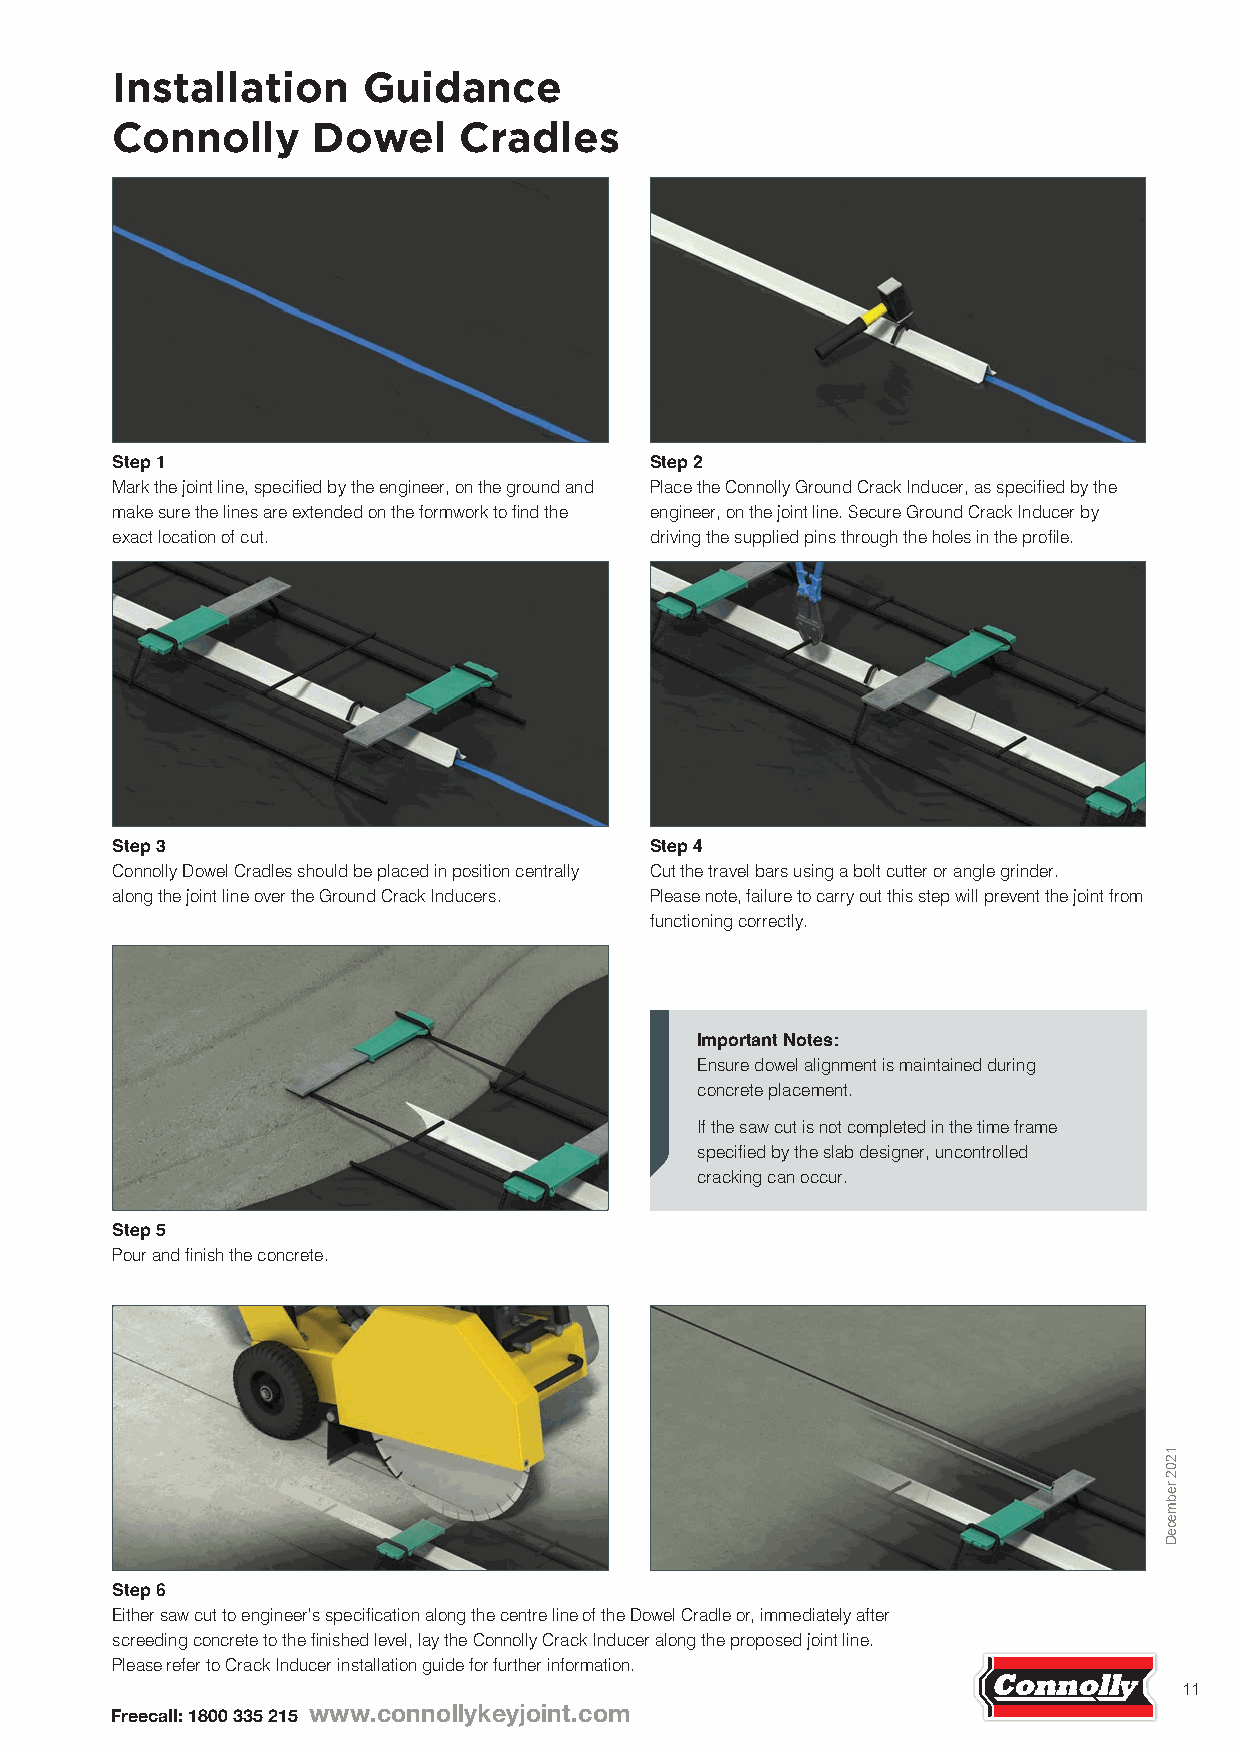
Installation     Guidance
 Connolly      Dowel    Cradles
 Step 1                              Step 2
 Mark the joint line, specified by the engineer, on the ground and Place the Connolly Ground Crack Inducer, as specified by the
 make sure the lines are extended on the formwork to find the engineer, on the joint line. Secure Ground Crack Inducer by
 exact location of cut.              driving the supplied pins through the holes in the profile.
 Step 3                              Step 4
 Connolly Dowel Cradles should be placed in position centrally Cut the travel bars using a bolt cutter or angle grinder.
 along the joint line over the Ground Crack Inducers. Please note, failure to carry out this step will prevent the joint from
 functioning correctly.
 Important Notes:
 Ensure dowel alignment is maintained during
 concrete placement.
 If the saw cut is not completed in the time frame
 specified by the slab designer, uncontrolled
 cracking can occur.
 Step 5
 Pour and finish the concrete.
 Step 6
 Either saw cut to engineer's specification along the centre line of the Dowel Cradle or, immediately after
 screeding concrete to the finished level, lay the Connolly Crack Inducer along the proposed joint line.
 Please refer to Crack Inducer installation guide for further information.
 11
 Freecall: 1800 335 215 www.connollykeyjoint.com
 1202
 rebmeceD